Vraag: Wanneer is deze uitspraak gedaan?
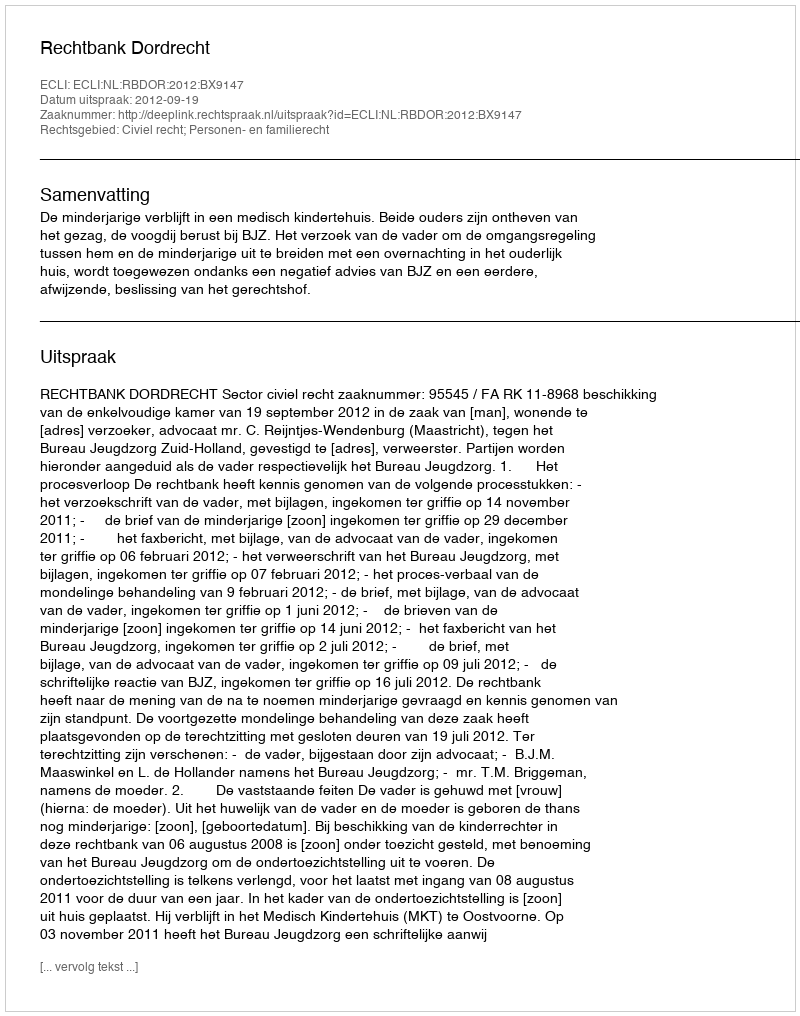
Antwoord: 2012-09-19